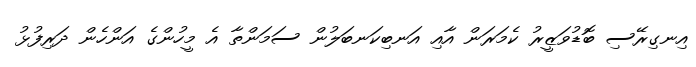
އިނގިރޭސި ބޮޑުވަޒީރު ކެމަރަން އާއި އަނބިކަނބަލުން ސަމަންތާ އެ މީހުންގެ އަންހެން ދަރިފުޅު